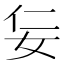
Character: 𡛉